Bréfritari: Jakobína Jónsdóttir
Viðtakandi: Sólveig Jónsdóttir
Dagsetning: A-1858-01-07
Skrifað á: Hólmum  S-Múl.
systir bréfviðtakanda

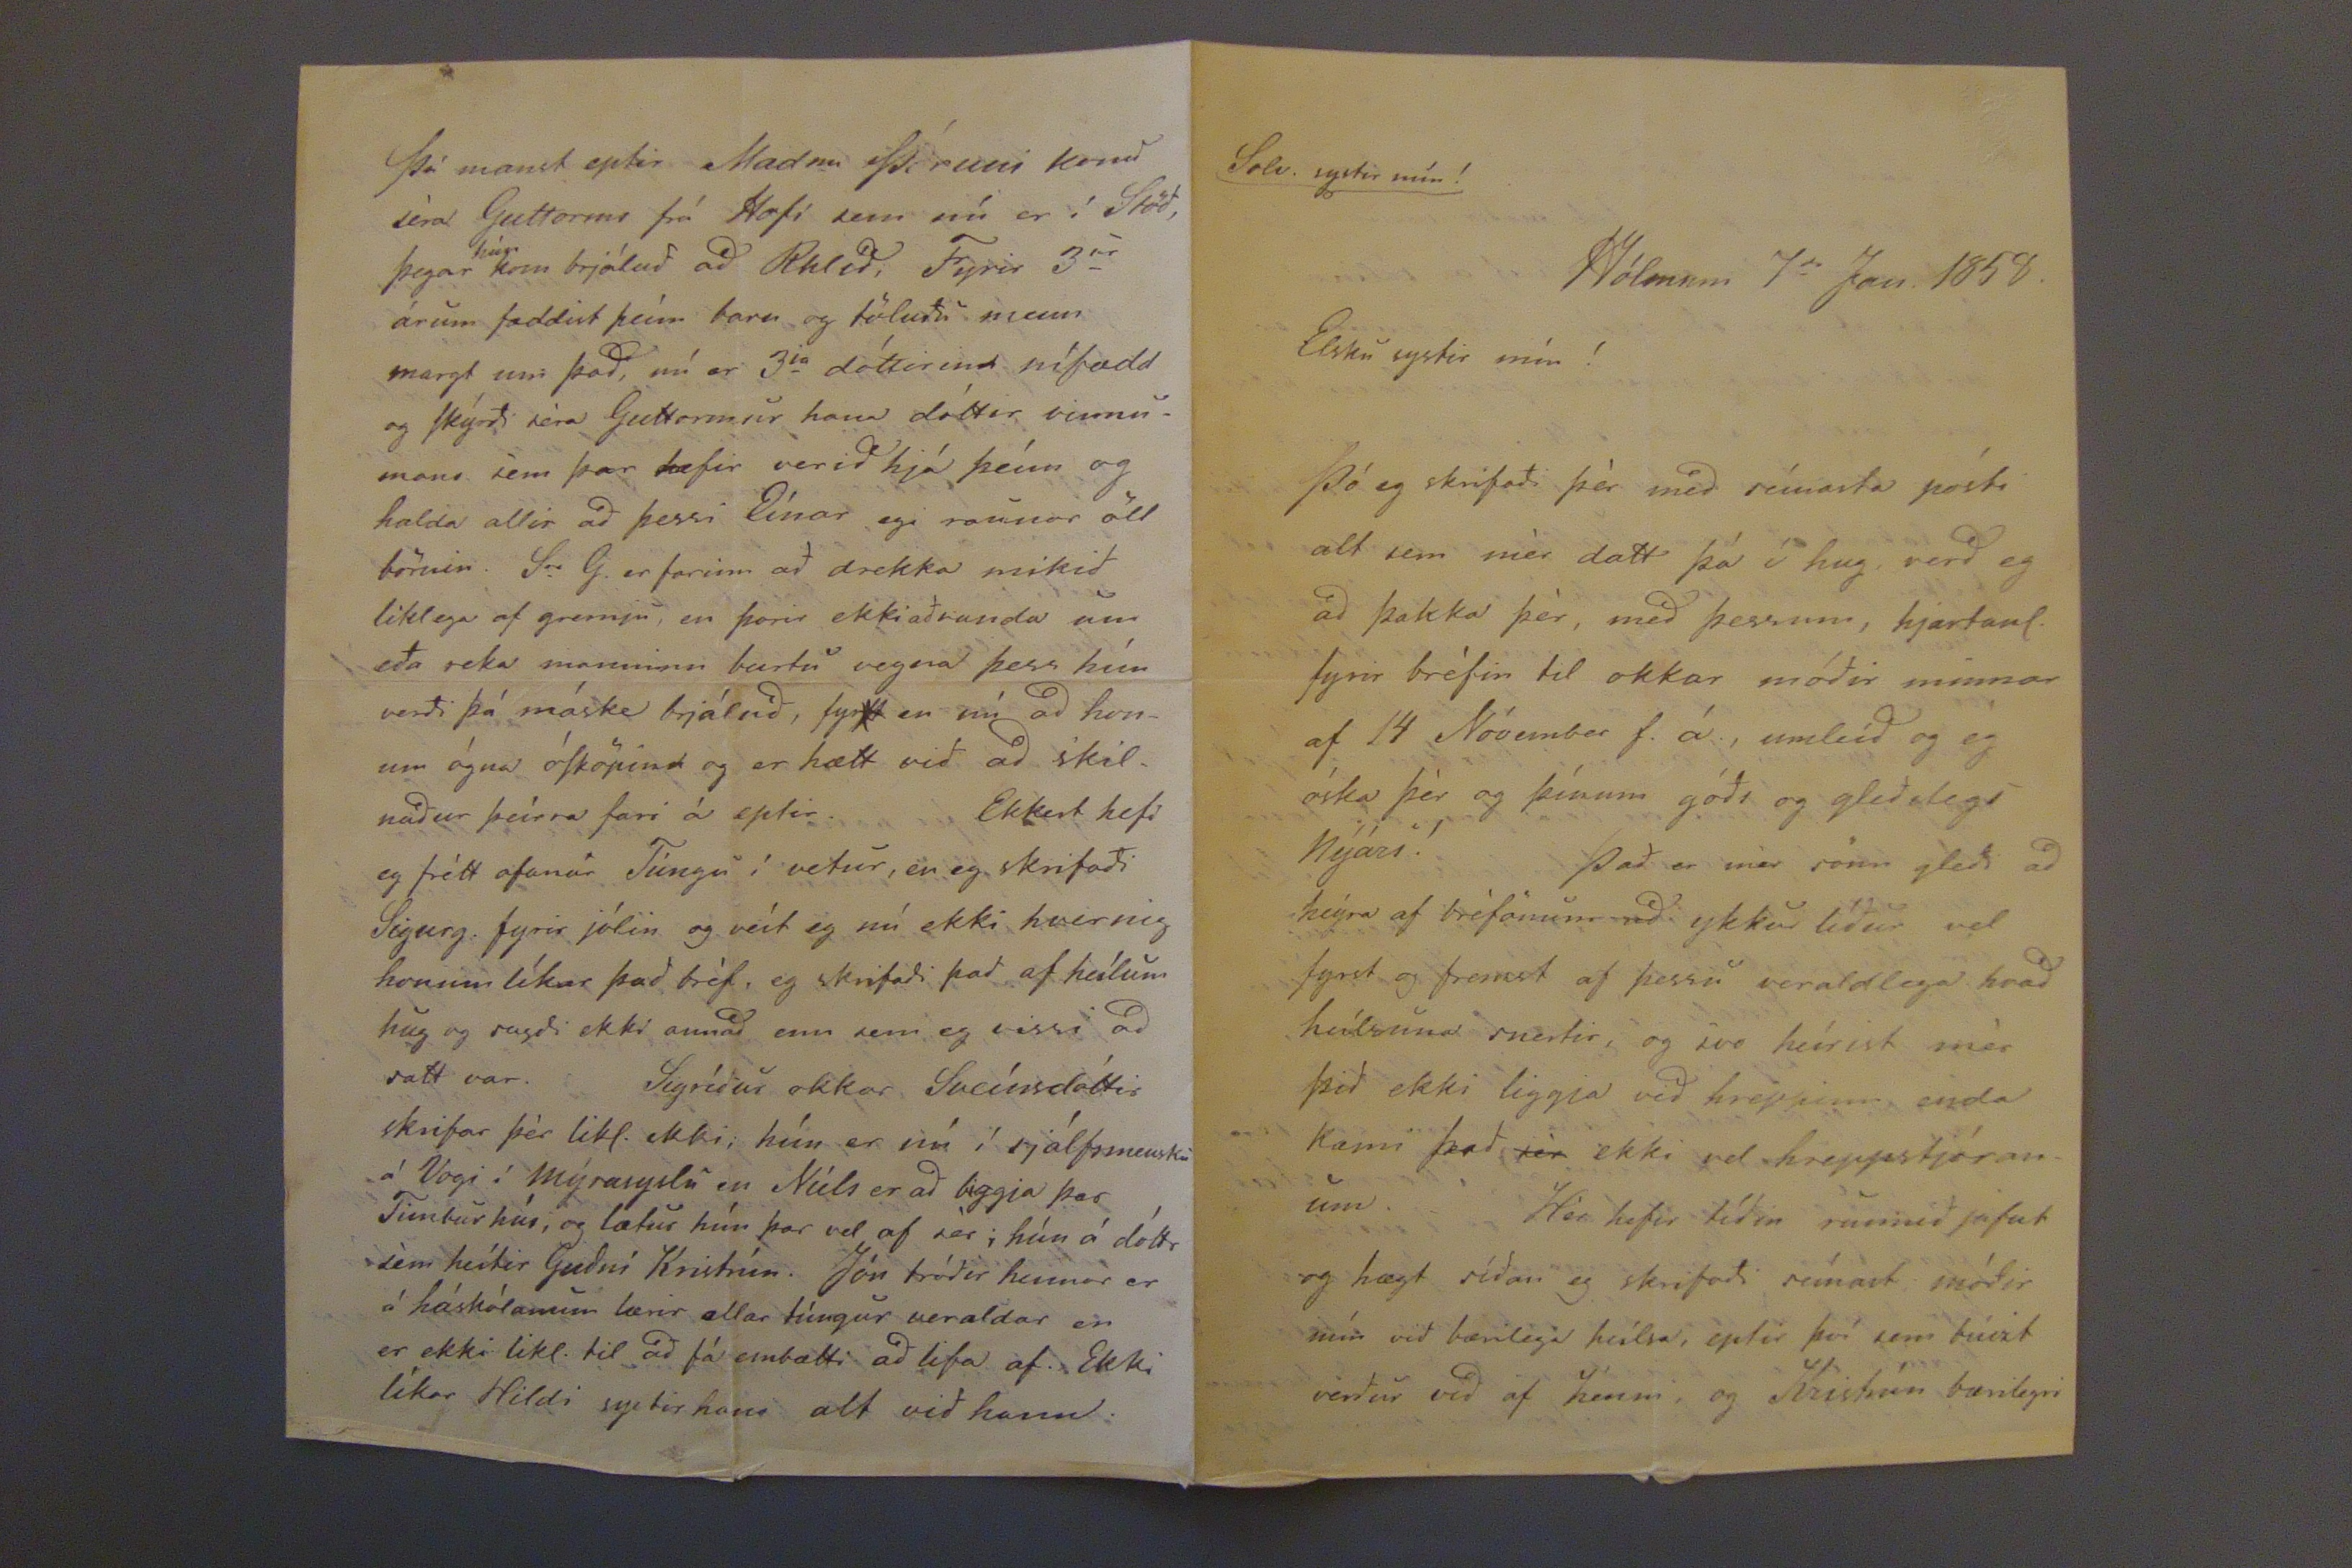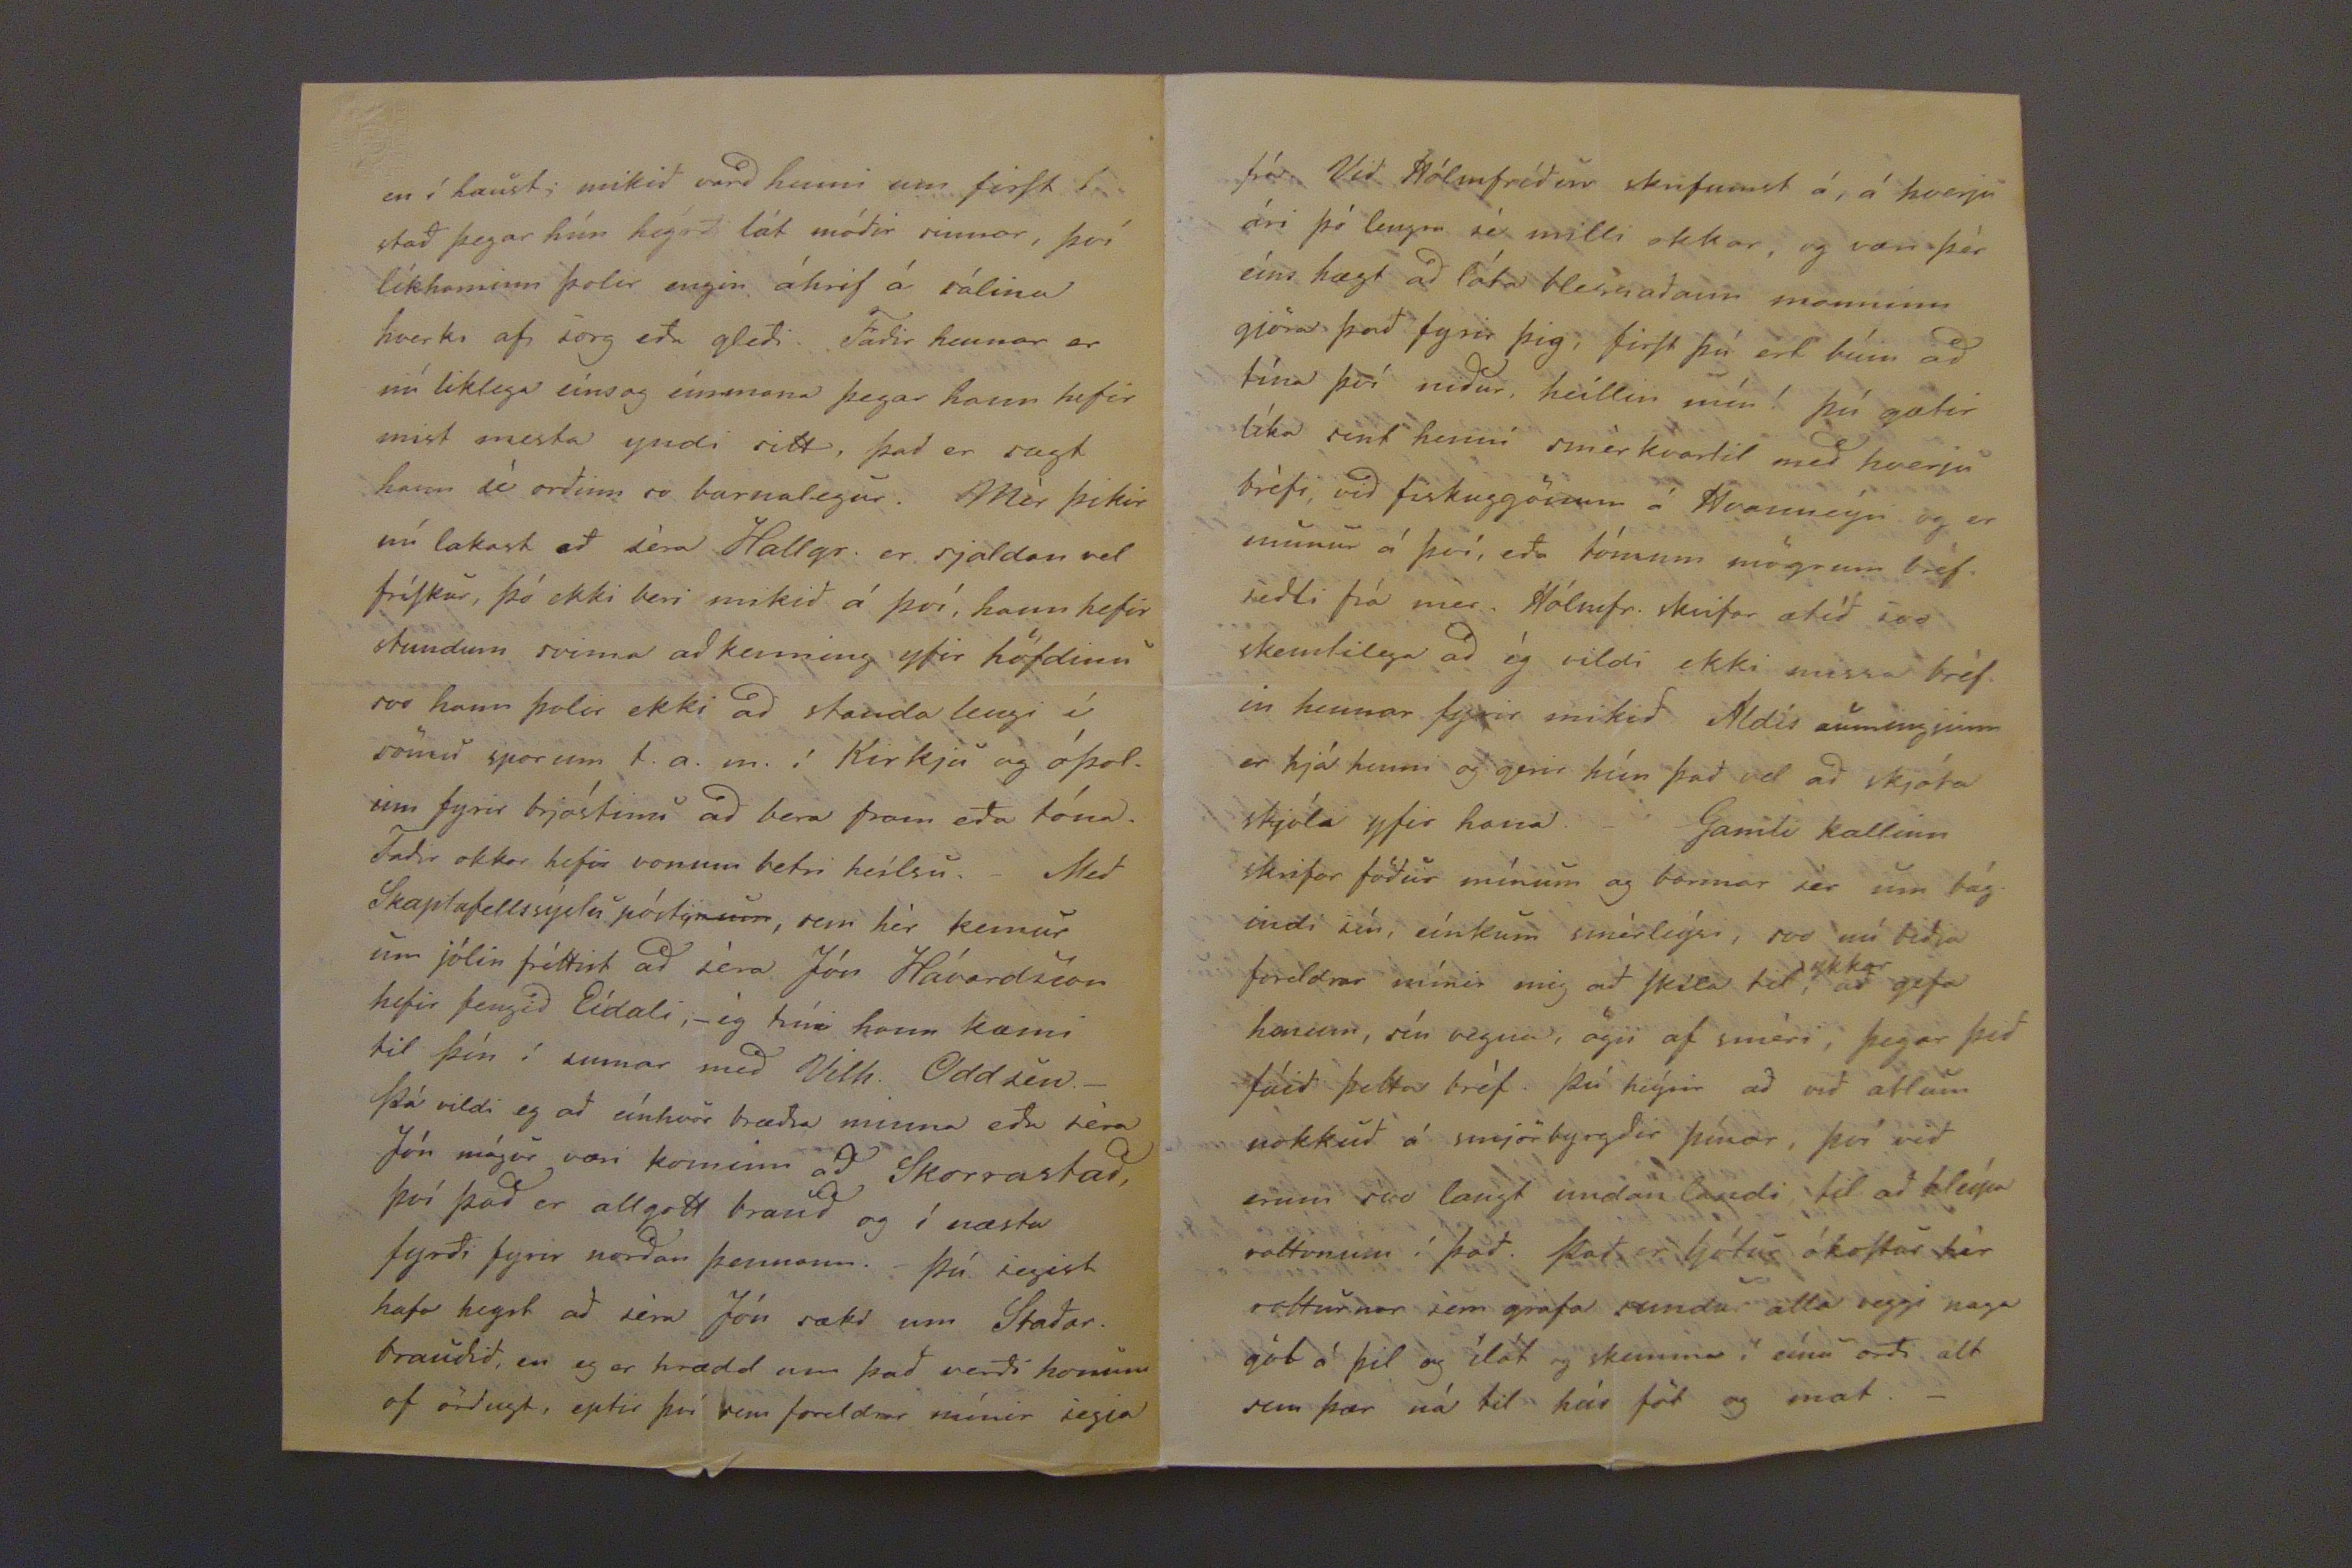

Solv. systir mín!
Hólmum 7
da
Jan. 1858.
Elsku systir mín!
Þó eg skrifadi þér med seínasta pósti alt sem mér datt þá í hug, verd eg ad þakka þér, med þessum, hjartanl. fyrir bréfin til okkar módir minnar af 14 Nóvember f. á., umleíd og eg óska þér og þínum góds og gledilegs Nýári! Þad er mer sönn gledi ad heýra af bréfönum ad ykkur lídur vel fyrst og fremst af þessu veraldlega hvad heílsuna snertir, og svo heírist mér þid ekki liggja vid hreppinn enda kæmi þad
sér
ekki vel hreppstóranum. Hér hefir tídin runnid jafnt og hægt sídan eg skrifadi seínast, módir mín vid bærilega heílsa, eptir því sem búizt verdur vid af henni, og Kristrún bærilegri
en í haust; mikid vard henni um firSt í stad þegar hún heýrd lát módir sinnar, því líkaminn þolir engin áhrif á sálina hverki af sorg eda gledi. Fadir hennar er nú liklega eínsog eínmana þegar hann hefir mist mesta yndi sitt. Þad er sagt hann sé ordinn so barnalegur. Mér þikir nú lakast ad séra Hallgr. er sjaldan vel fríSkur, þó ekki beri mikid á því, hann hefir stundum svima ad kenning yfir höfdinu svo hann þolir ekki ad standa lengi í sömu sporum t.a.m. í Kirkju og óþolum fyrir brjóstinu ad bera fram eda tóna. Fadir okkar hefir vonum betri heilsu. Med Skaptafellssýslu póstinum, sem hér kemur um jólin fréttist ad séra Jón Hávardsson hefir fengid Eídali, -ég trúi hann kæmi til þín í sumar með Vilh. Oddsen- Þá vildi eg ad eínhver brædra minna eda séra Jón mágur væri kominn ad Skorrastad, því þad er allgott braud og í næsta fyrdi fyrir nordan þennannl. Þú segist hafa heyrt ad séra Jón sæki um Stadarbraudid, en eg er hrædd um þad verdi honum of ördugt, eptir því sem foreldrar mínir segja
Þú manst eptir Madm Þóruni konu séra Guttorms frá Hofi sem nú er í Stöd, þegar
hún
kom brjálud ad Rhlíd, Fyrir 3ur árum fæddist þeím barn og töludu menn margt um þad, nú er 3
ja
dóttirin nífædd og Skýrdi séra Guttormur hana dóttir vinnumans sem þar hefir verid hjá þeím og halda allir ad þessi Eínar egi raunar öll börnin. Sr G. er farinn ad drekka mikid líklega af gremju, en þorir ekki ad vanda um eda reka manninn burtu vegna þess hún verdi þá máske brjálud, fyrst er nú ad honum ógna óSköpina og er hætt vid ad skilnadur þeírra fari á eptir. Ekkert hefi eg frétt ofanúr Túngu í vetur, en eg skrifadi Sigurg. fyrir jólin og veít eg nú ekki hvernig honum líkar þad bréf, eg skrifadi þad af heílum hug og sagdi ekki annad enn sem eg vissi ad satt var. Sigrídur okkar Sveínsdóttir skrifar þér likl. ekki; hún er nú í sjálsmensku á Vogi í Mýrasyslu en Níels er ad biggja þar Timburhús, og lætur hún þar vel af sér; hún á dóttr sem heítir Gudní Kristrún. Jón bródir hennar er á háskólanum lærir allar túngur veraldar en er ekki likl. til ad fá embætti ad lifa af. Ekki líkar Hildi systir hans alt vid hann.
frá. Vid Hólmfrídur skrifudumst á, á hverju ári þó lengra sé milli okkar, og væri þér eíns hægt ad láta blessadann manninn gjöra þad fyrir þig, firSt þú ert búin ad tína því nidur heillin mín!
þú gætir líka sent henni smér kvartil med hverju bréfi vid fiskuggönum á Hvanneýr og er munu á því, eda tómum mögrum bréfsedli þá mér. Hólmfr. skrifar ætíd svo skemtilega ad ég vildi ekki missa bréfin hennar fyrir mikid Aldís auminginn er hjá henni og gerir hún þad vel ad skjóta skjóla yfir hana. Gamli kallinn skrifar födur mínum og barmar sér um bágindi sín, eínkum smárleýsi, svo nú bidja foreldrar mínir mig ad Skila til
ykkar
ad gefa hennar, sín vegna, ögn af sméri, þegar þid fáid þetta bréf. Þú heýrir ad vid ætlum nokkud á smjörbyrgdir þínar, því vid erum svo langt undanlandi til ad hleípa rottunum í þad. Þad er ljótur ókoStur her rotturnar sem grafa sundu alla veggi naga göt á þil og ílát og skimina í eínu ordi alt sem þær ná til hár föt og mat.-